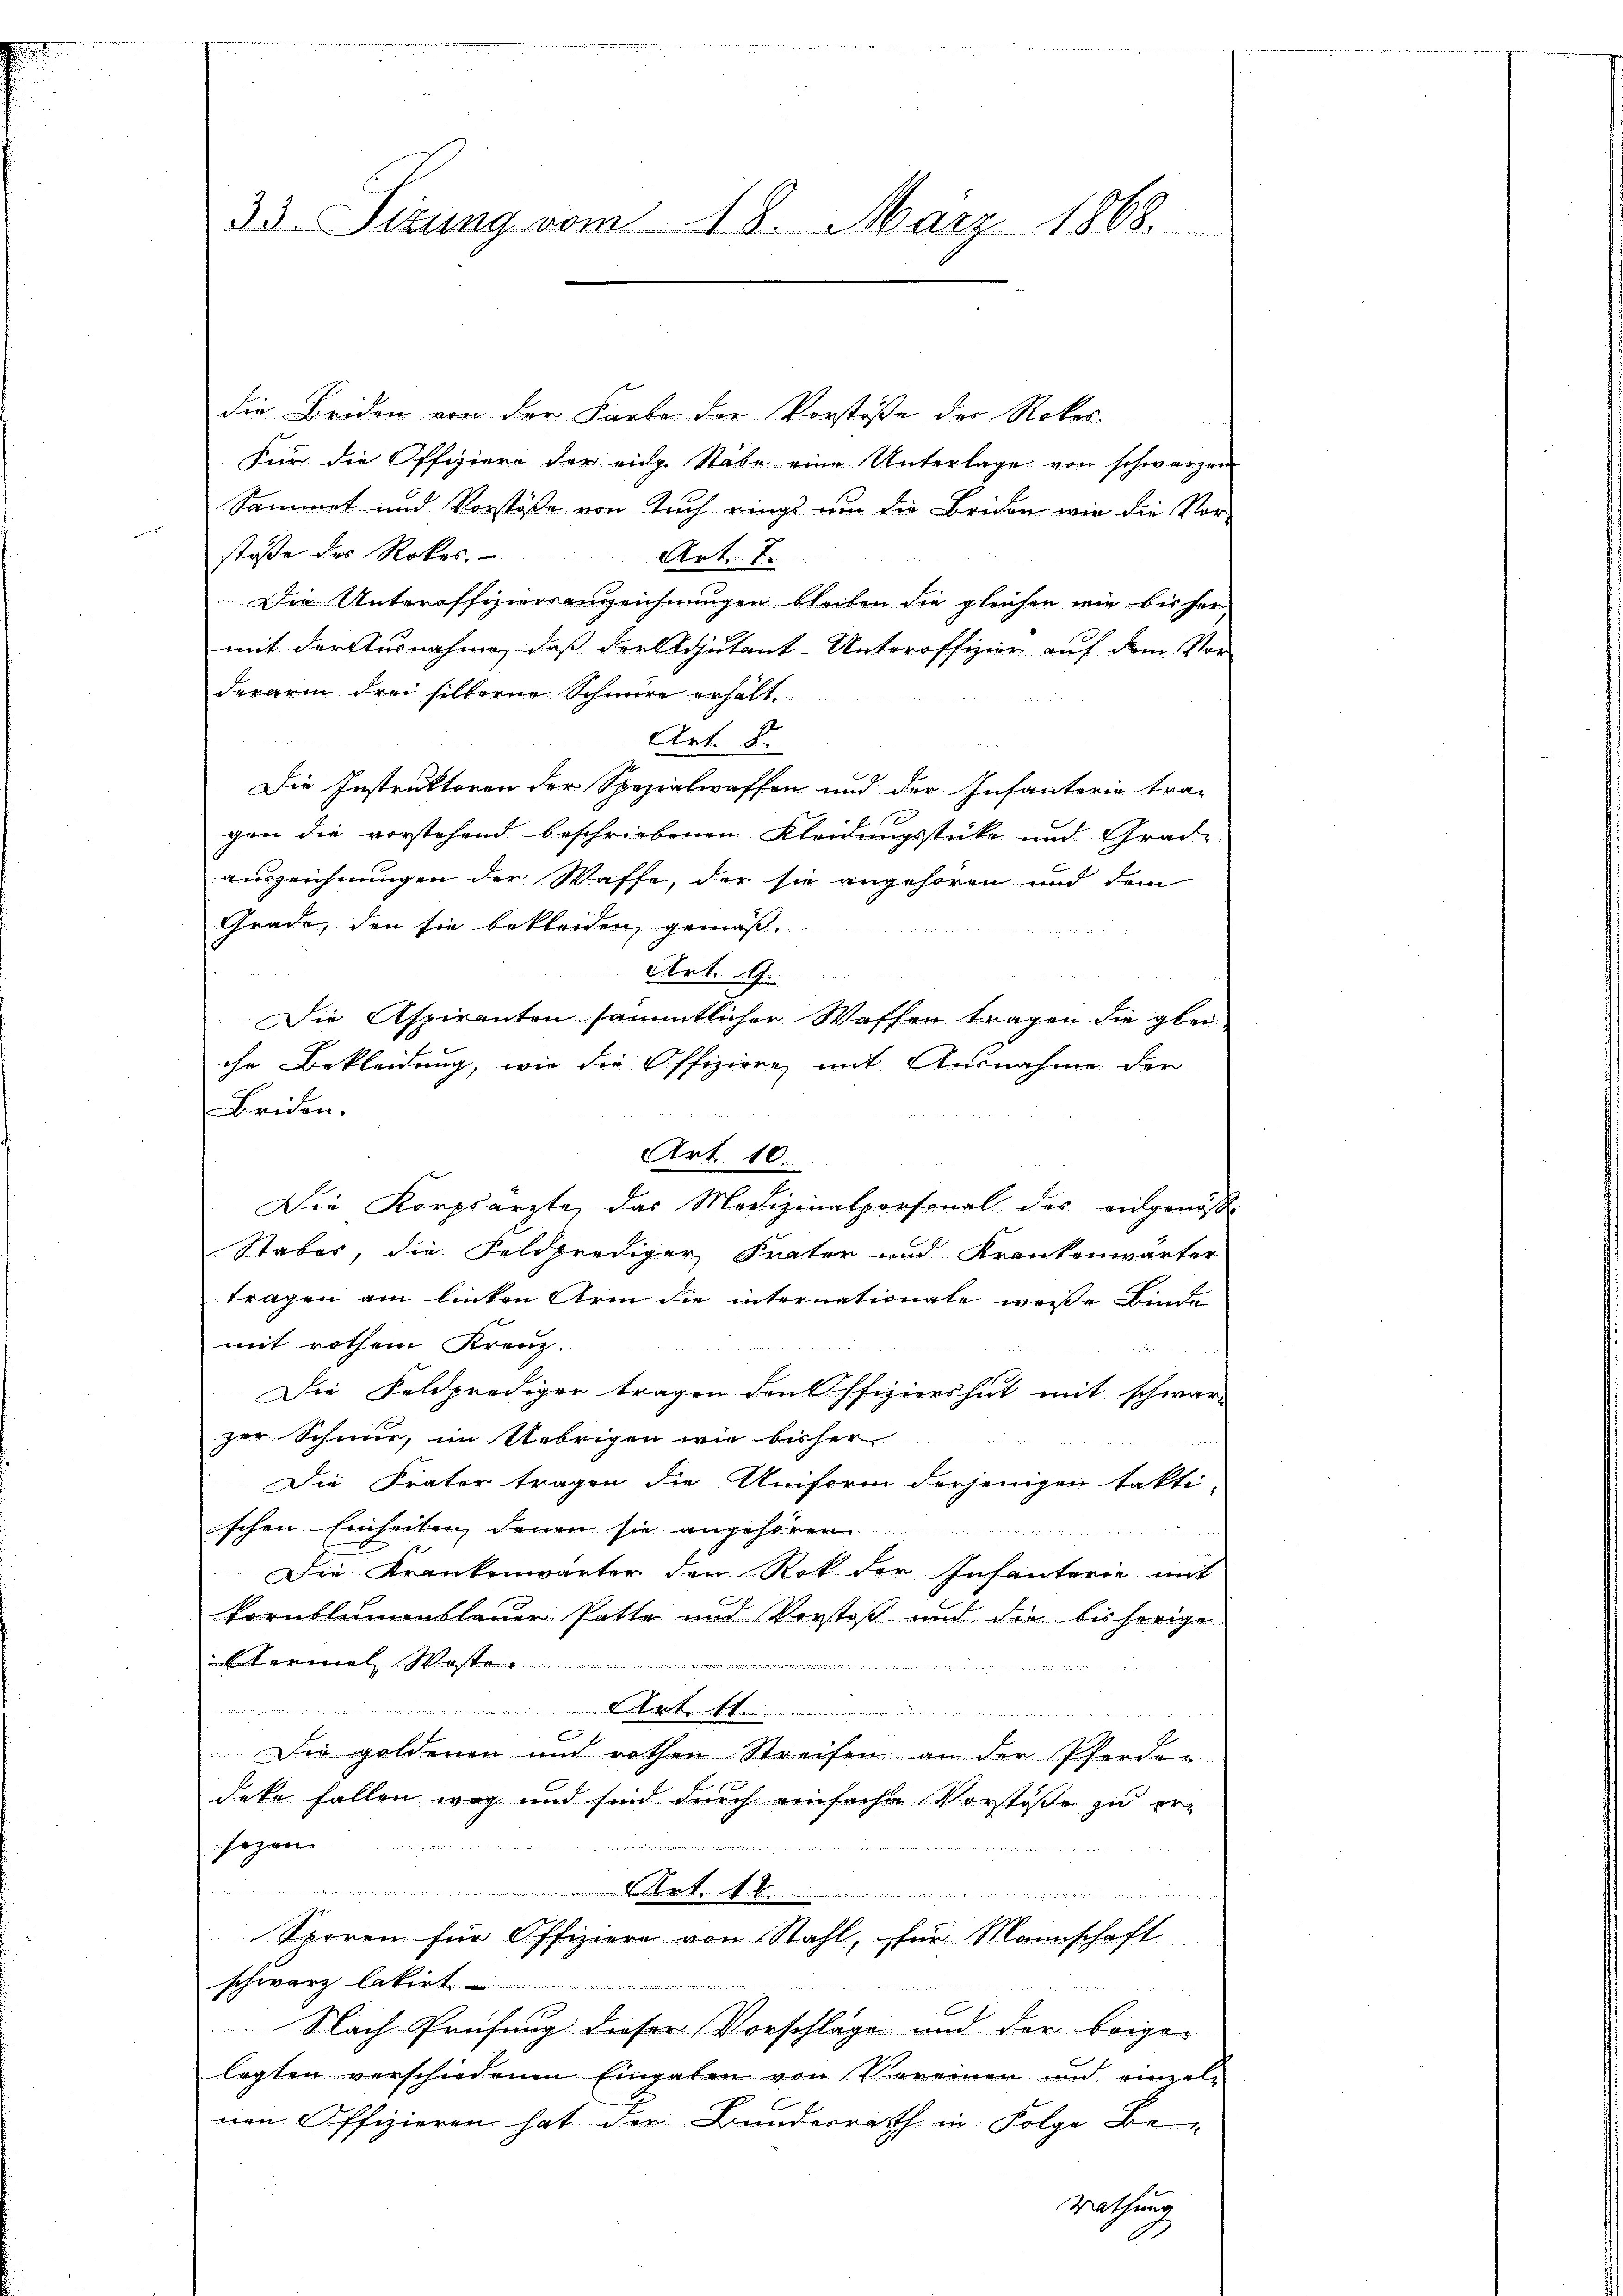
33. Sizung vom 18. März 1868.

die Beiden von der Farbe der Vorstöße der Rokos
Für die Offiziere der eidg. Stäbe eine Unterlage von schwarzen
Sammel und Vorstösse von Tuch rings um die Briden wir die Vor-
ven gern
stöße des Rokes.
Art. 7.
Die Unteroffizierenzzeichnungen bleiben die gleichen wie bisher
mit der Ausnahme, das Seelsiutant-Unteroffizier auf dem Vor-
derarm drei silberne Schnüre erhält.
Art. 8.
Die Instruktoren der Spezialwaffen und der Infanterie tra-
gen die vorstehend beschriebenen Kleidungsstücke und Grade
auszeichnungen der Waffe, der sie angehören und dem
Grade, den sie bekleiden, gemäß

s 2 S.
Art. 9.
Die Aspiranten sämmtlicher Waffen tragen die glei-
che Bekleidung, wie die Offiziere mit Ausnahme der
Briden.
Art. 10.
Die Korpsarzte, das Medizinalpersonal des eidgenöß
Stabes, die Feldprediger Frater und Krankenwärter
tragen am linken Arm die internationale weiße binde
mit rothem Kreuz.

Die Feldprediger tragen den Offiziers hat mit schware
zur Schmie, im Uebrigen wie bisher
Die Frater tragen die Uniform derjenigen fakti-
schen Einheiten denen sie angen in den
Die Krankenwärter den Rok der Infanterie mit
kornblummblauer Patte und Verstoß und die bisherige
Tormal koste
untertheil er der die
t...................
.
Die goldenen und rothen Streifen an der Pferden
deke fallen weg und sind durch einfache Vorstöße zu er-
.
 den Be
sezen.
....................................................................................
Sporen für Offiziere von Stahl, für Mannschaft
schwarz lakirt

Nach Prüfung dieser Vorschläge und der beige-
legten verschiedenen Eingaben von Vereinen und einzelnen Offizieren hat der Bunderrath in Folge Be-
rathung